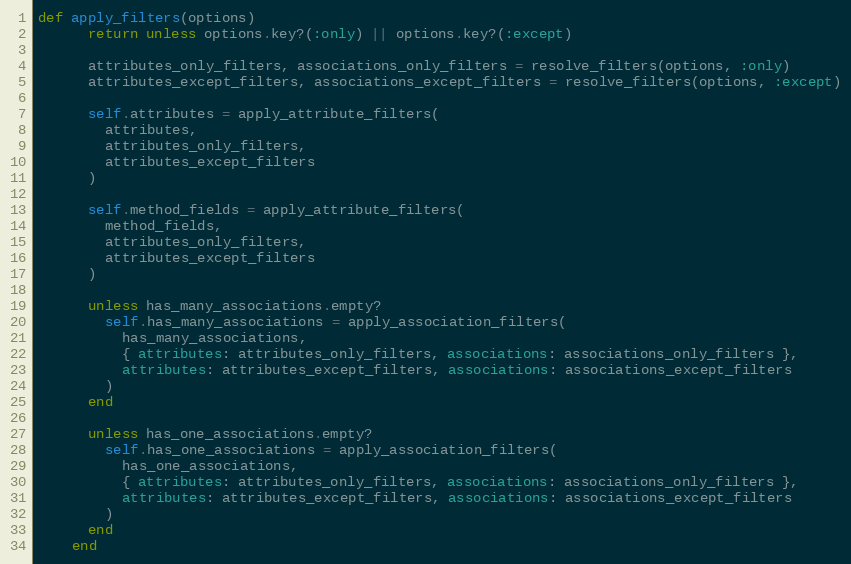
Language: Ruby
def apply_filters(options)
      return unless options.key?(:only) || options.key?(:except)

      attributes_only_filters, associations_only_filters = resolve_filters(options, :only)
      attributes_except_filters, associations_except_filters = resolve_filters(options, :except)

      self.attributes = apply_attribute_filters(
        attributes,
        attributes_only_filters,
        attributes_except_filters
      )

      self.method_fields = apply_attribute_filters(
        method_fields,
        attributes_only_filters,
        attributes_except_filters
      )

      unless has_many_associations.empty?
        self.has_many_associations = apply_association_filters(
          has_many_associations,
          { attributes: attributes_only_filters, associations: associations_only_filters },
          attributes: attributes_except_filters, associations: associations_except_filters
        )
      end

      unless has_one_associations.empty?
        self.has_one_associations = apply_association_filters(
          has_one_associations,
          { attributes: attributes_only_filters, associations: associations_only_filters },
          attributes: attributes_except_filters, associations: associations_except_filters
        )
      end
    end